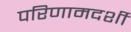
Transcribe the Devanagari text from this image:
परिणामदर्शी